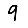
Digit: 9